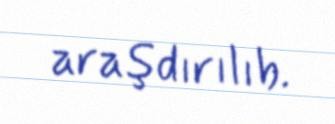
araşdırılıb.